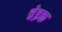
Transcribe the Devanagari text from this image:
चेइक